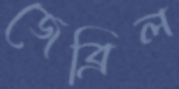
জেব্রিল